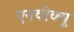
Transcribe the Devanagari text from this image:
एनवीक्यू